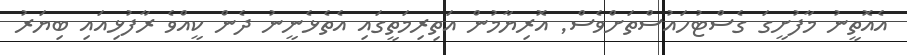
އެއޮތީނު މާފުށީގަ ގެސްޓުހައުސްތަށްވެސް